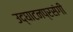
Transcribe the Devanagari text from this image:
उद्घाटनप्रसंगी